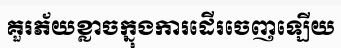
គួរភ័យខ្លាចក្នុងការដើរចេញឡើយ